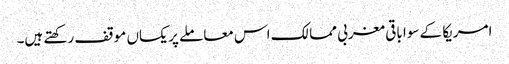
امریکا کے سوا باقی مغربی ممالک اس معاملے پر یکساں موقف رکھتے ہیں۔